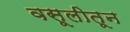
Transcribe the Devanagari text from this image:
वसूलीतून